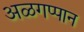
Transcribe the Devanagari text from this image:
अळगप्पान